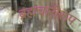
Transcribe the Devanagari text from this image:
ब्रह्मचारीरूप